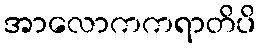
အာလောကကရာတိပိ